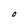
Character: O